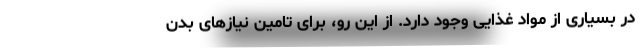
در بسیاری از مواد غذایی وجود دارد. از این رو، برای تامین نیازهای بدن